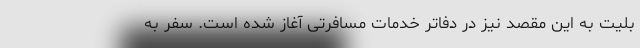
بلیت به این مقصد نیز در دفاتر خدمات مسافرتی آغاز شده است. سفر به